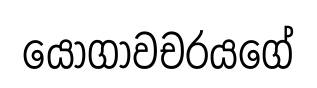
යෝගාවචරයගේ